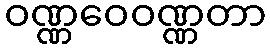
ဝဏ္ဏဝေဝဏ္ဏတာ